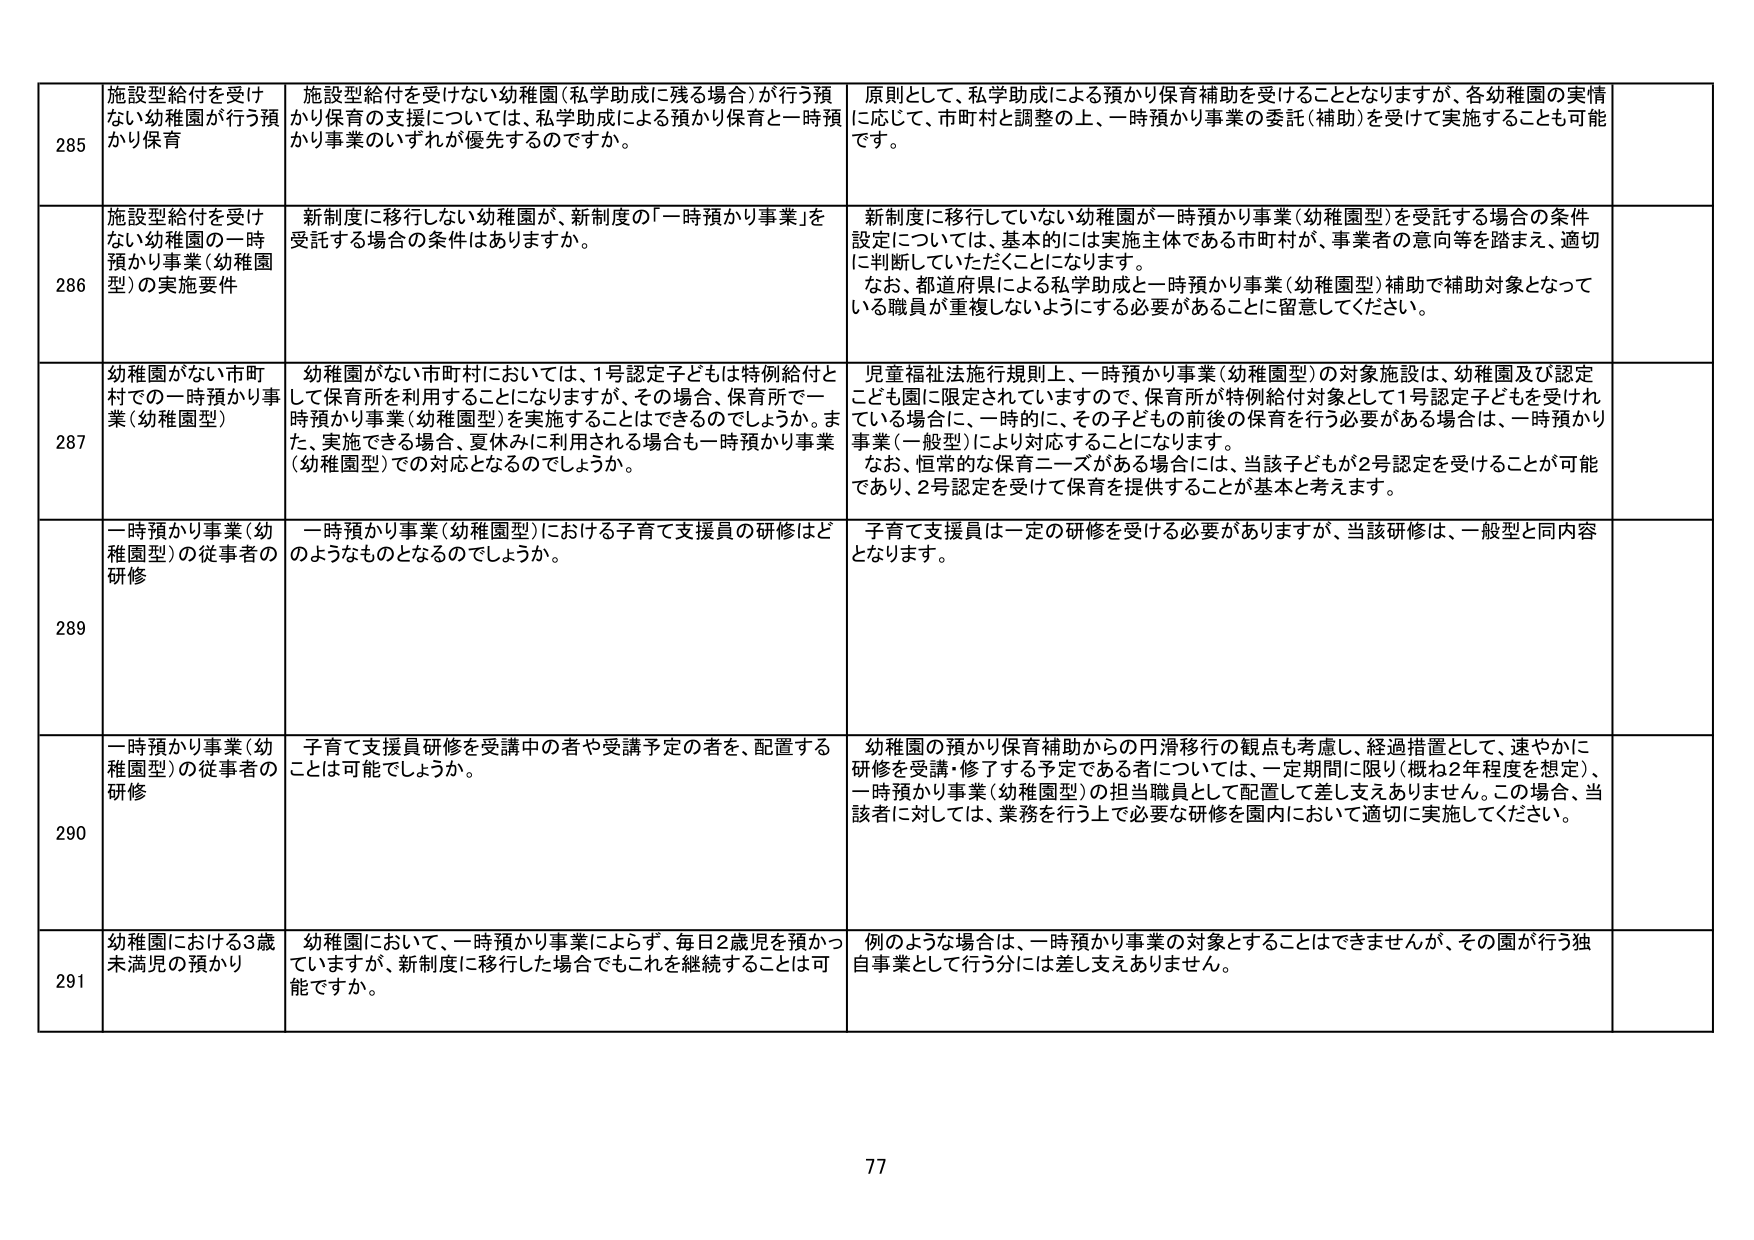
285 施設型給付を受けない幼稚園が行う預かり保育 施設型給付を受けない幼稚園（私学助成に残る場合）が行う預かり保育の支援については、私学助成による預かり保育と一時預かり事業のいずれが優先するのですか。 原則として、私学助成による預かり保育補助を受けることとなりますが、各幼稚園の実情に応じて、市町村と調整の上、一時預かり事業の委託（補助）を受けて実施することも可能です。

286 施設型給付を受けない幼稚園の一時預かり事業（幼稚園型）の実施要件 新制度に移行しない幼稚園が、新制度の「一時預かり事業」を受託する場合の条件はありますか。 新制度に移行していない幼稚園が一時預かり事業（幼稚園型）を受託する場合の条件設定については、基本的には実施主体である市町村が、事業者の意向等を踏まえ、適切に判断していただくことになります。 なお、都道府県による私学助成と一時預かり事業（幼稚園型）補助で補助対象となっている職員が重複しないようにする必要があることに留意してください。

287 幼稚園がない市町村での一時預かり事業（幼稚園型） 幼稚園がない市町村においては、1号認定子どもは特例給付として保育所を利用することになりますが、その場合、保育所で一時預かり事業（幼稚園型）を実施することはできるのでしょうか。また、実施できる場合、夏休みに利用される場合も一時預かり事業（幼稚園型）での対応となるのでしょうか。 児童福祉法施行規則上、一時預かり事業（幼稚園型）の対象施設は、幼稚園及び認定こども園に限定されていますので、保育所が特例給付対象として1号認定子どもを受けれている場合に、一時的に、その子ども們の前後の保育を行う必要がある場合は、一時預かり事業（一般型）により対応することになります。 なお、恒常的な保育ニーズがある場合には、当該子どもが2号認定を受けることが可能であり、2号認定を受けて保育を提供することが基本と考えます。

289 一時預かり事業（幼稚園型）の従事者の研修 一時預かり事業（幼稚園型）における子育て支援員の研修はどのようなものとなるのでしょうか。 子育て支援員は一定の研修を受ける必要がありますが、当該研修は、一般型と同内容となります。

290 一時預かり事業（幼稚園型）の従事者の研修 子育て支援員研修を受講中の者や受講予定の者を、配置することは可能でしょうか。 幼稚園の預かり保育補助からの円滑移行の観点も考慮し、経過措置として、速やかに研修を受講・修了する予定である者については、一定期間に限り（概ね2年程度を想定）、一時預かり事業（幼稚園型）の担当職員として配置して差し支えありません。この場合、当該者に対しては、業務を行う上で必要な研修を園内において適切に実施してください。

291 幼稚園における3歳未満児の預かり 幼稚園において、一時預かり事業によらず、毎日2歳児を預かっていますが、新制度に移行した場合でもこれを継続することは可能ですか。 例のような場合は、一時預かり事業の対象することはできませんが、その園が行う独自事業として行う分には差し支えありません。

77